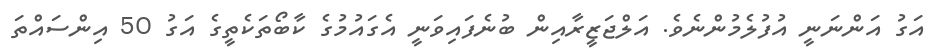
އަގު އަންނަނީ އުފުލެމުންނެވެ. އަލްޖަޒީރާއިން ބުނެފައިވަނީ އެގައުމުގެ ކާބޯތަކެތީގެ އަގު 50 އިންސައްްތަ